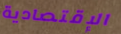
الإقتصادية